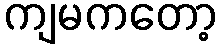
ကျမကတော့